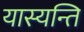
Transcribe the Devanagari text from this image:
यास्यन्ति